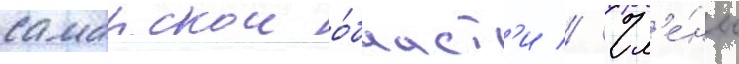
самарскои о́бласт'и // Чл'е́ны